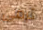
ترمى